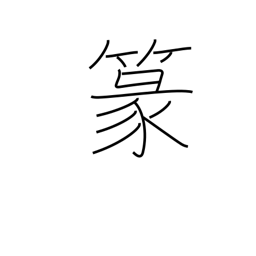
Meaning: seal-style characters